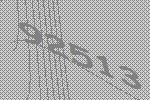
92513